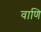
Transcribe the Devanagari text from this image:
वाणि